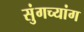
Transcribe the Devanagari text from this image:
सुंगच्यांग